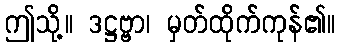
ဤသို့။ ဒဋ္ဌဗ္ဗာ၊ မှတ်ထိုက်ကုန်၏။